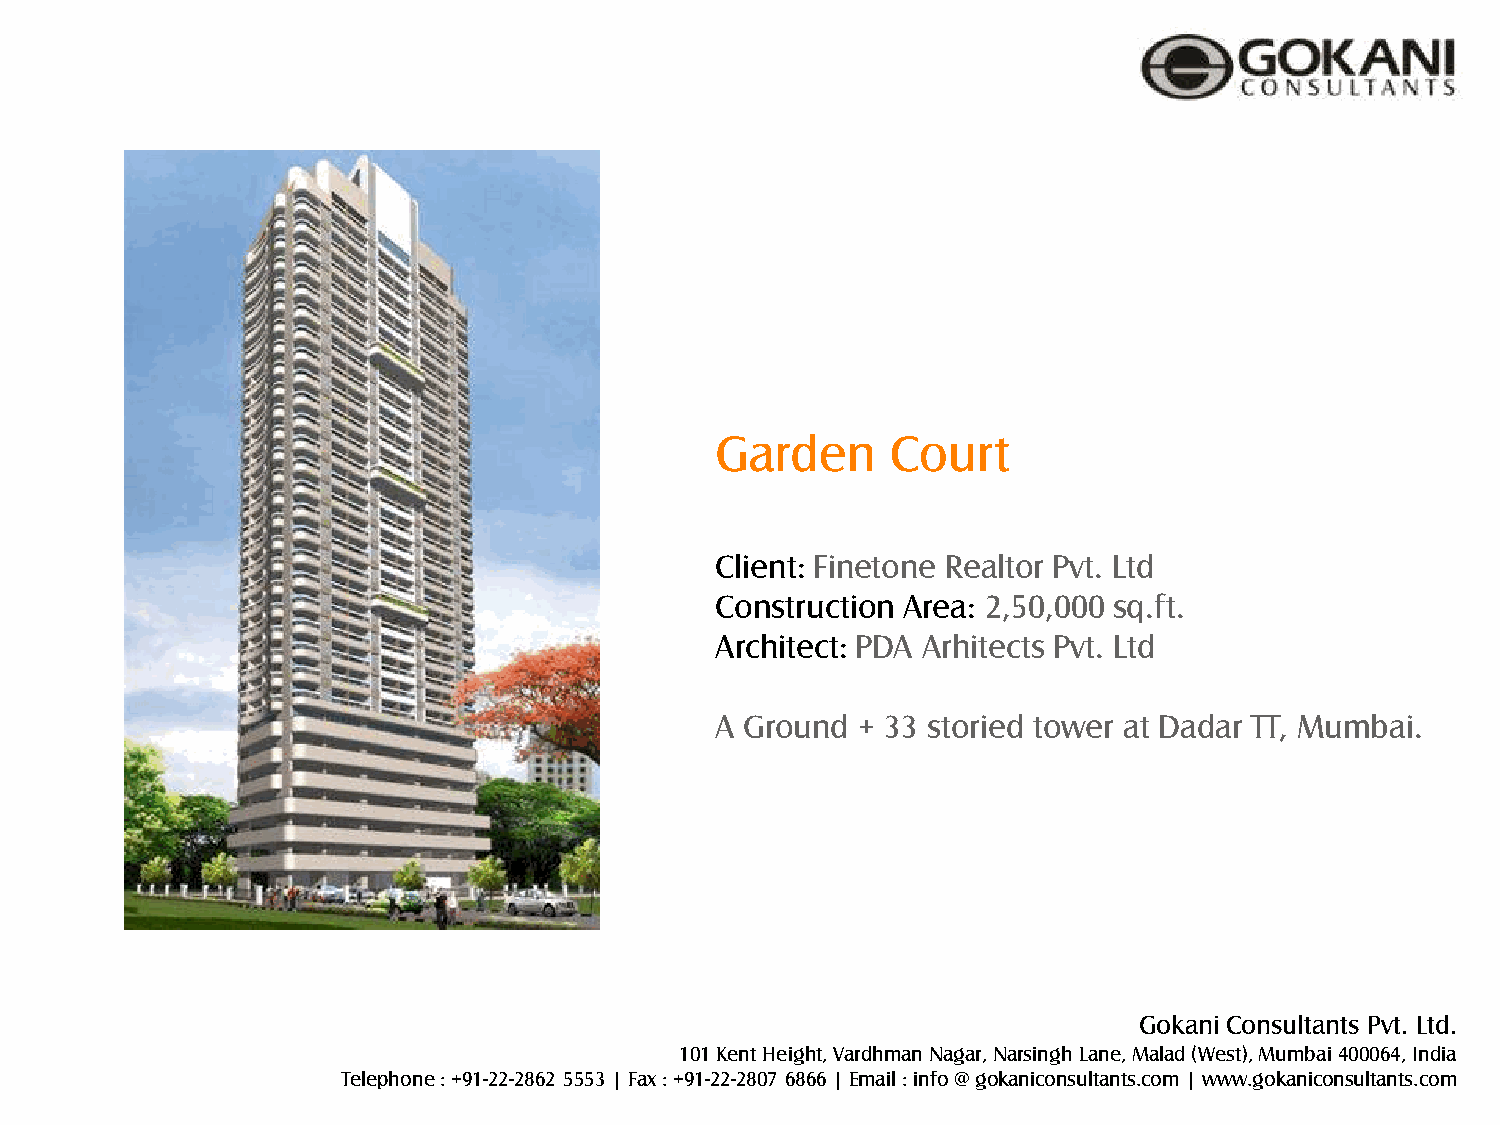
Garden      Court
 Client: Finetone Realtor Pvt. Ltd
 Construction Area: 2,50,000 sq.ft.
 Architect: PDA Arhitects Pvt. Ltd
 A Ground  + 33 storied tower at Dadar TT, Mumbai.
 Gokani Consultants Pvt. Ltd.
 101 Kent Height, Vardhman Nagar, Narsingh Lane, Malad (West), Mumbai 400064, India
 Telephone : +91-22-2862 5553 | Fax : +91-22-2807 6866 | Email : info @ gokaniconsultants.com | www.gokaniconsultants.com